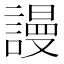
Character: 謾